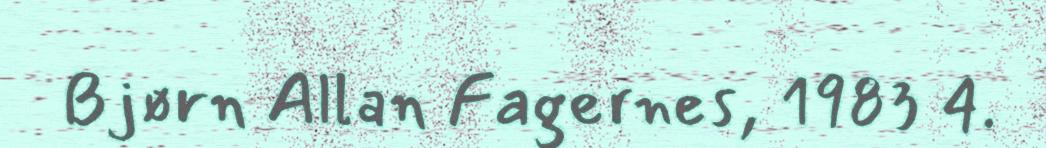
Bjørn Allan Fagernes, 1983 4.